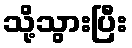
သို့သွားပြီး